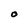
Character: O